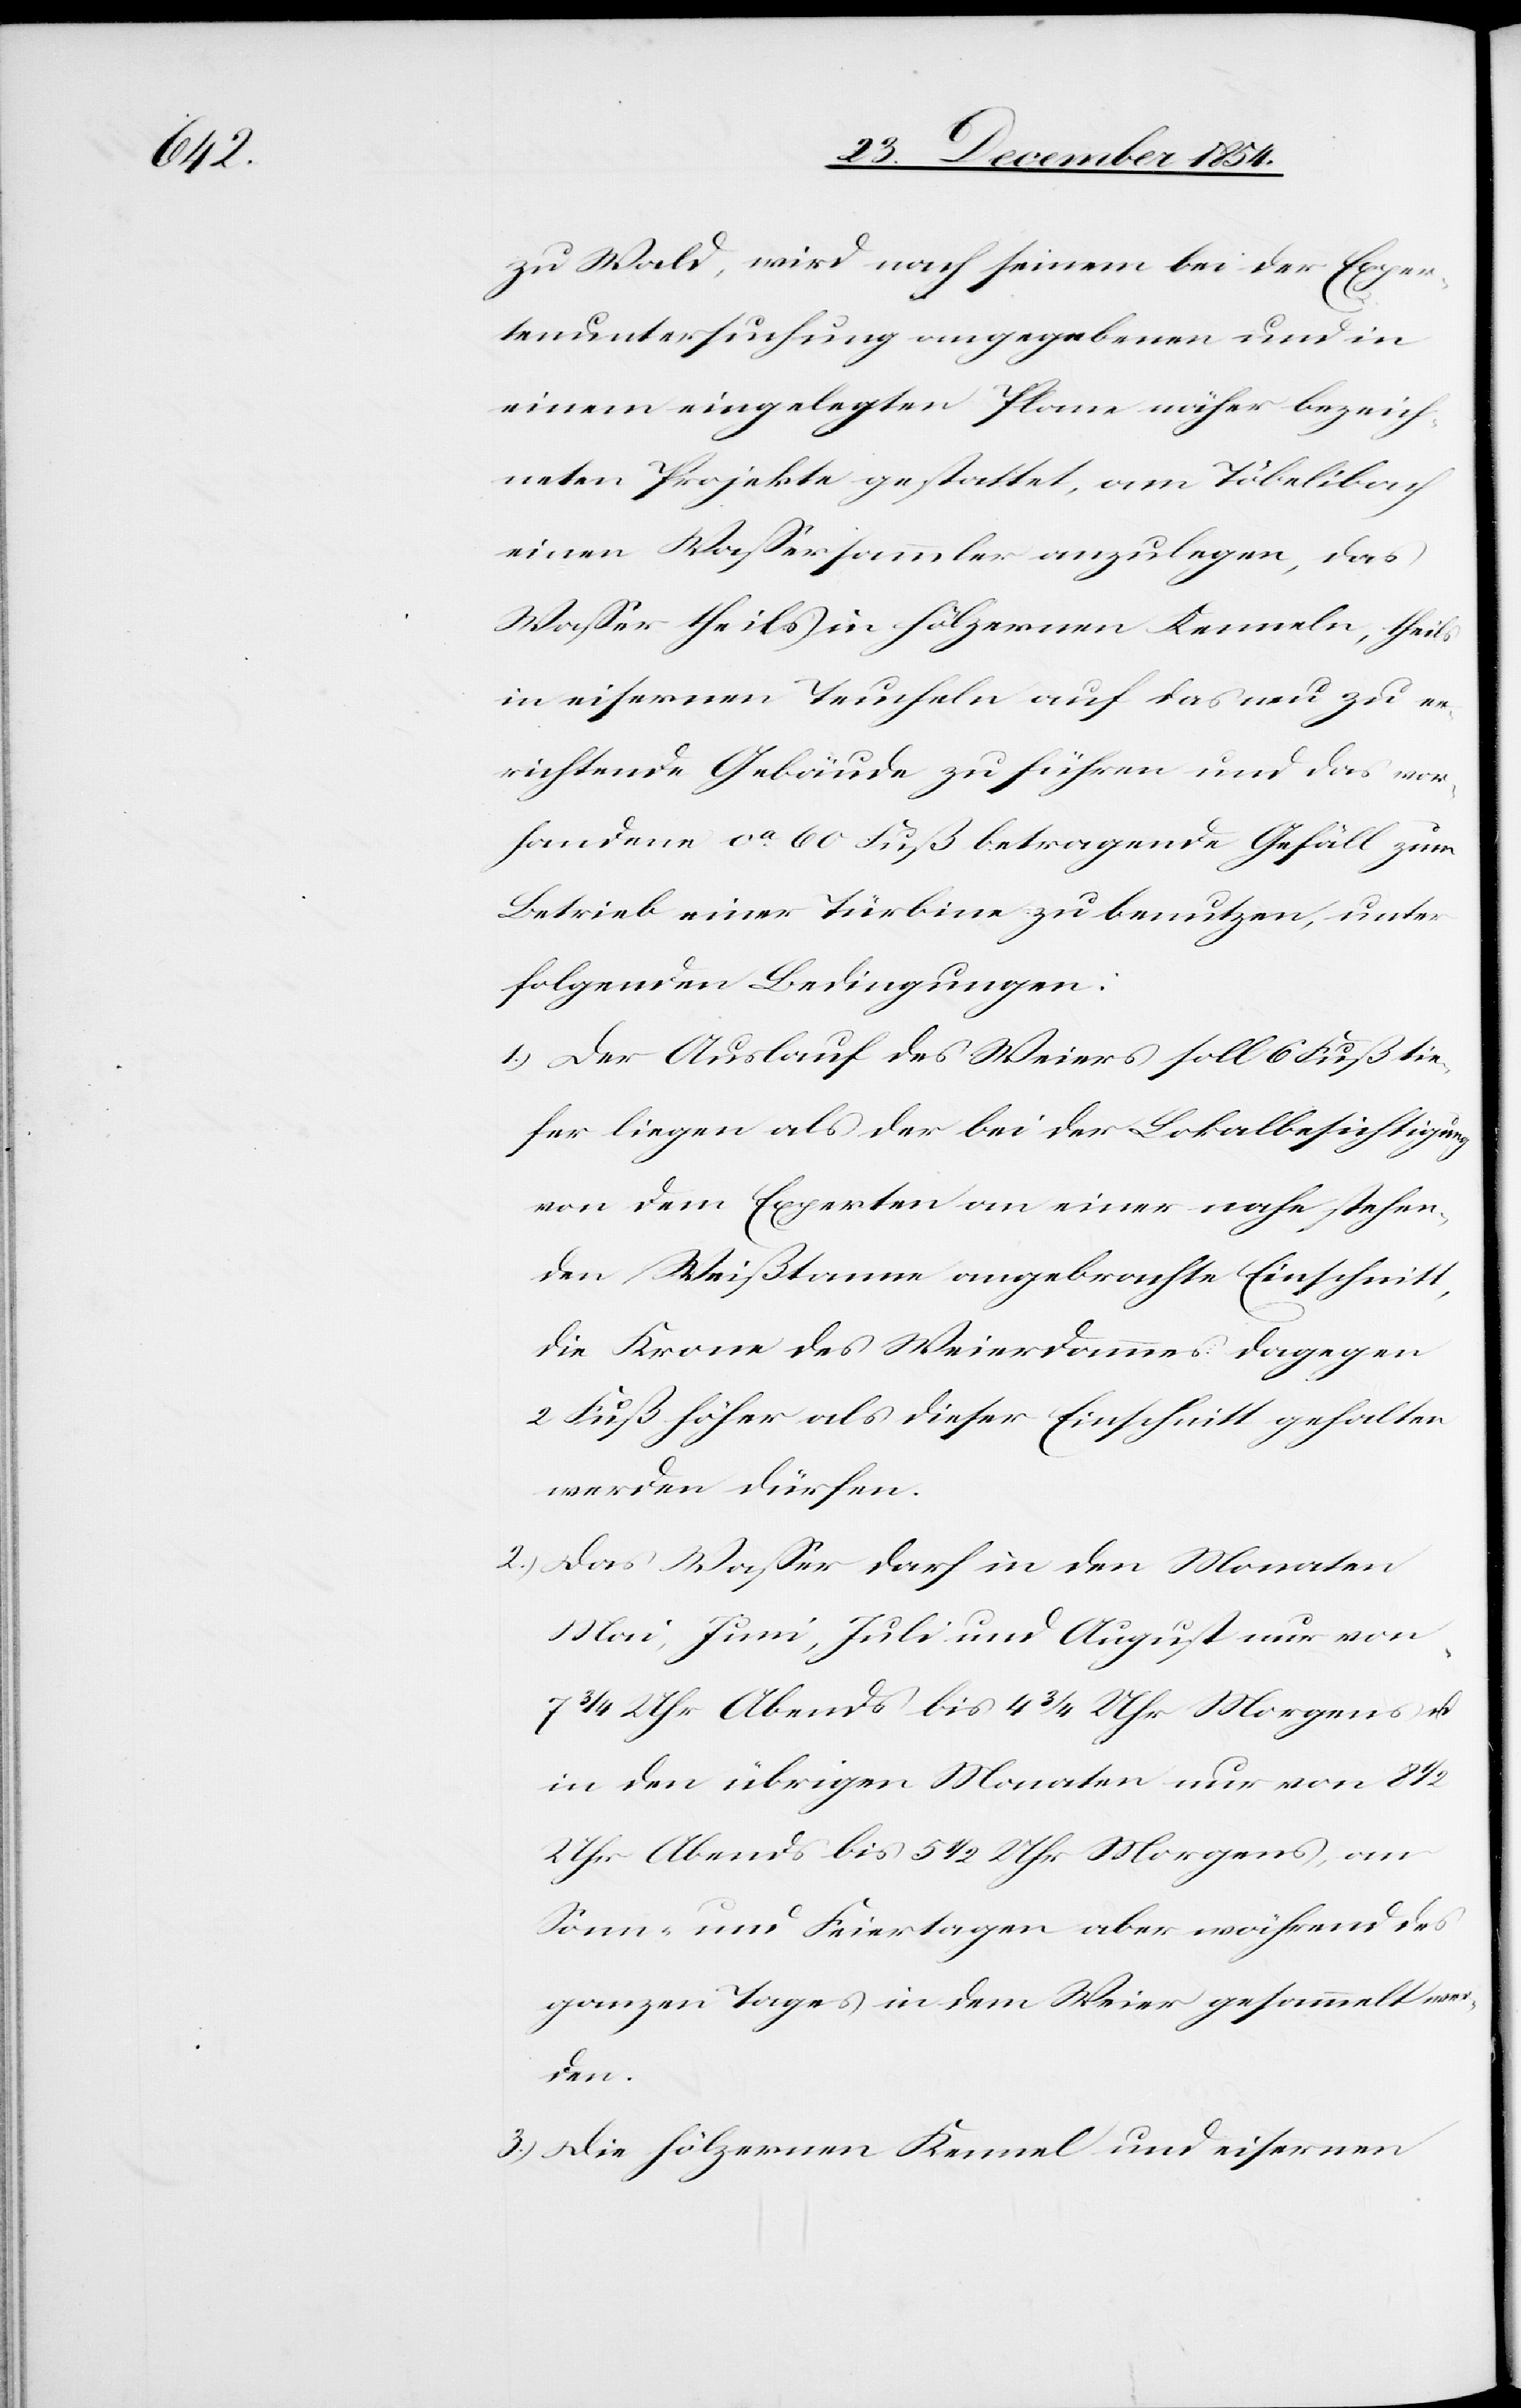
zu Wald, wird nach seinem bei der Exper¬
tenuntersuchung angegebenen und in
einem eingelegten Plane näher bezeich¬
neten Projekte gestattet, am Töbelibach
einen Waßersammler anzulegen, das
Waßer theils in hölzernen Kenneln, theils
in eisernen Teucheln auf das neu zu er¬
richtende Gebäude zu führen und das vor¬
handene ca 60 Fuß betragende Gefäll zum
Betrieb einer Türbine zu benutzen, unter
folgenden Bedingungen:
1.) Der Auslauf des Weiers soll 6 Fuß tie¬
fer liegen als der bei der Lokalbesichtigung
von dem Experten an einer nahe stehen¬
den Weißtanne angebrachte Einschnitt,
die Krone des Weierdammes dagegen
2 Fuß höher als dieser Einschnitt gehalten
werden dürfen.
2.) Das Waßer darf in den Monaten
Mai, Juni, Juli und August nur von
3/4 Uhr Abend bis 4 3/4 Uhr Morgens u.
in den übrigen Monaten nur von 8
Uhr Abends bis 5 1/2 Uhr Morgens, an
Sonn- und Feiertagen aber während des
ganzen Tages in dem Weier gesammelt wer¬
den.
3.) Die hölzernen Kennel und eisernen